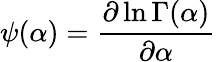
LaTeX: \psi(\alpha)={\frac{\partial\ln\Gamma(\alpha)}{\partial\alpha}}